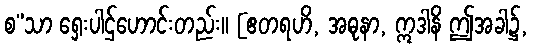
စ”သာ ရှေးပါဌ်ဟောင်းတည်း။ [ဧတရဟိ, အဓုနာ, ဣဒါနိ ဤအခါ၌,